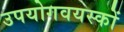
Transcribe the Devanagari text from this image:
उपयोगवयस्कों